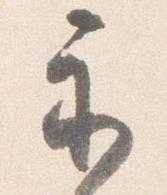
示